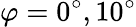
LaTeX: \varphi={0^{\circ}},{10^{\circ}}